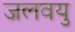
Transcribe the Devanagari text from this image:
जलवयु